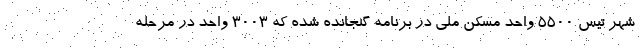
شهر تیس ۵۵۰۰ واحد مسکن ملی در برنامه گنجانده شده که ۳۰۰۳ واحد در مرحله